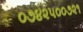
૦૭૪૨૫૦૦૭૨૧